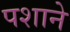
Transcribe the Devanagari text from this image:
पशाने